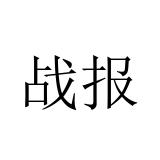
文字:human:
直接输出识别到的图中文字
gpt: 战报